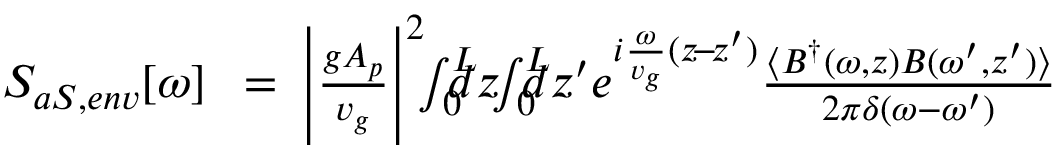
\begin{array} { r l r } { S _ { a S , e n v } [ \omega ] \! \! \! } & { { } = } & { \! \! \! \left| \frac { g A _ { p } } { v _ { g } } \right| ^ { 2 } \! \! \int _ { 0 } ^ { L } \! \! \! \! \! d z \! \! \int _ { 0 } ^ { L } \! \! \! \! \! d z ^ { \prime } e ^ { i \frac { \omega } { v _ { g } } ( z \! - \! z ^ { \prime } ) } \frac { \langle { B } ^ { \dag } ( \omega , z ) { B } ( \omega ^ { \prime } , z ^ { \prime } ) \rangle } { 2 \pi \delta ( \omega - \omega ^ { \prime } ) } } \end{array}